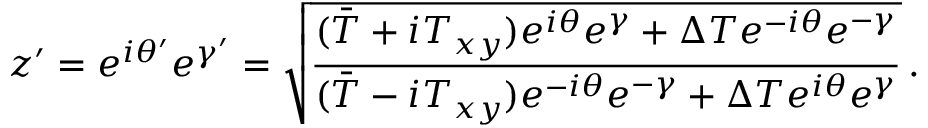
z ^ { \prime } = e ^ { i \theta ^ { \prime } } e ^ { \gamma ^ { \prime } } = \sqrt { \frac { ( \bar { T } + i T _ { x y } ) e ^ { i \theta } e ^ { \gamma } + \Delta T e ^ { - i \theta } e ^ { - \gamma } } { ( \bar { T } - i T _ { x y } ) e ^ { - i \theta } e ^ { - \gamma } + \Delta T e ^ { i \theta } e ^ { \gamma } } } \, .